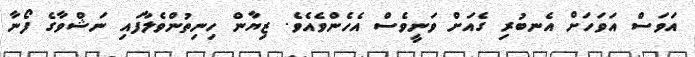
އަވަސް އަވަހަށް އެނބުރި ގެއަށް ވަނީވެސް އެހެންވެއެވެ. ޒިޔާން ހިނިތުންވެލާފައި ނަޝްވާގެ ފޯނާ